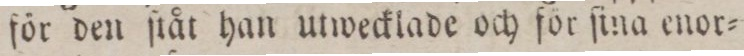
för den ſtåt han utwecklade och för ſina enor=